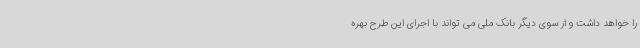
را خواهد داشت و از سوی دیگر بانک ملی می تواند با اجرای این طرح بهره